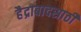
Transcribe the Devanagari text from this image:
हैद्राबादसाठी